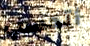
أتحسب